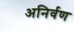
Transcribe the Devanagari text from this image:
अनिर्वण